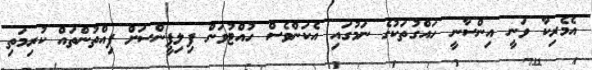
އެމެރިކާ ވަނީ އިންސާނީ ހައްގުތަކުގެ ނަމުގައި އެކަންވެސް ހުއްޓުވަން ފިލިޕީންސަށް ފިއްތުންތައް ކުރިމަތި